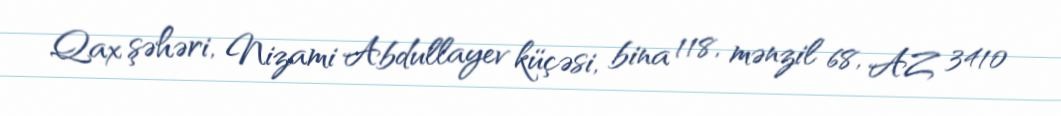
Qax şəhəri, Nizami Abdullayev küçəsi, bina 118, mənzil 68, AZ 3410